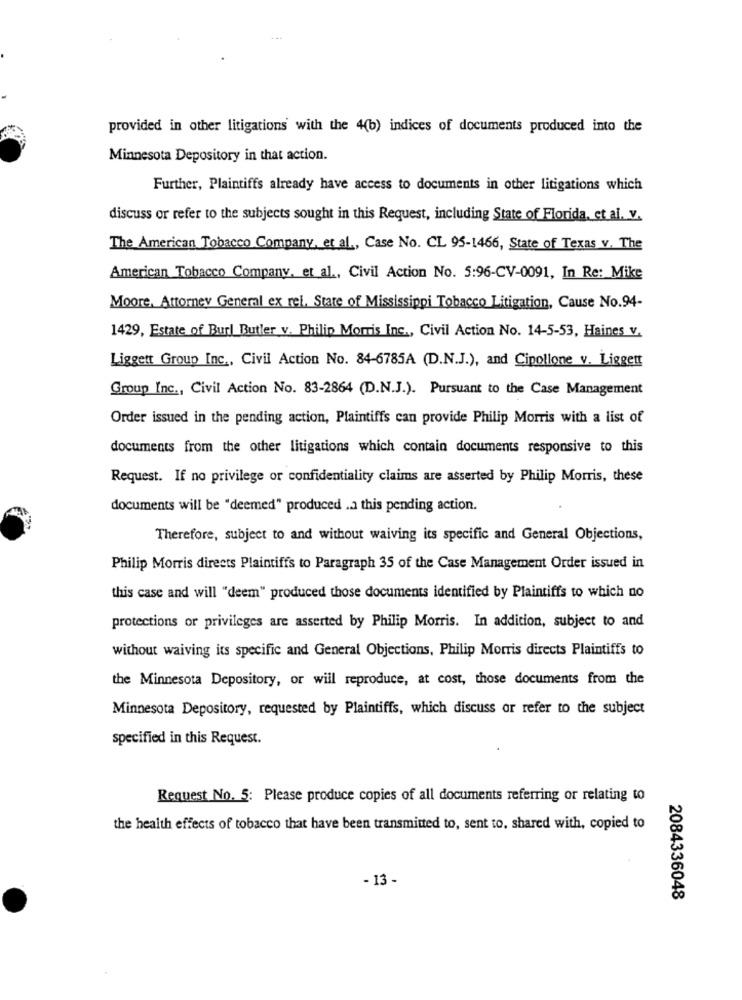
provided in other litigations with the 4(b) indices of documents produced into the
Minnesota Depository in that action.
Further, Plaintiffs already have access to documents in other litigations which
discuss or refer to the subjects sought in this Request, including State of Florida, et al. v.
The American Tobacco Company, et al ., Case No. CL 95-1466, State of Texas v. The
American Tobacco Company, et al ., Civil Action No. 5:96-CV-0091, In Re: Mike
Moore, Attorney General ex rei. State of Mississippi Tobacco Litigation, Cause No.94-
1429, Estate of Burl Butler v. Philip Morris Inc ., Civil Action No. 14-5-53, Haines v.
Liggett Group Inc ., Civil Action No. 84-6785A (D.N.J.), and Cipollone v. Liggett
Group Inc ., Civil Action No. 83-2864 (D.N.J.). Pursuant to the Case Management
Order issued in the pending action, Plaintiffs can provide Philip Morris with a list of
documents from the other litigations which contain documents responsive to this
Request. If no privilege or confidentiality claims are asserted by Philip Morris, these
documents will be "deemed" produced .a this pending action.
Therefore, subject to and without waiving its specific and General Objections,
Philip Morris directs Plaintiffs to Paragraph 35 of the Case Management Order issued in
this case and will "deem" produced those documents identified by Plaintiffs to which no
protections or privileges are asserted by Philip Morris. In addition, subject to and
without waiving its specific and General Objections, Philip Morris directs Plaintiffs to
the Minnesota Depository, or will reproduce, at cost, those documents from the
Minnesota Depository, requested by Plaintiffs, which discuss or refer to the subject
specified in this Request.
Request No. 5: Please produce copies of all documents referring or relating to
the health effects of tobacco that have been transmitted to, sent to, shared with, copied to
- 13 -
2084336048